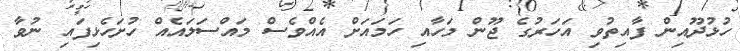
ހުޅުދޫއިން ފާއިތުވި އަހަރުގެ ޖޫން މަހާއި ހަމައަށް އެއްވެސް މައްސަލައެއް ހުށަހެޅިފައި ނުވާ